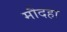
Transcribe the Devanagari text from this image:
मौदहा